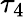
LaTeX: \tau_{4}